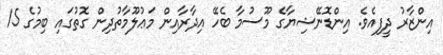
އިންޒާރު ދީފިއެވެ. އިންޑޮނޭޝިޔާގެ މޫސުމާ ބެހޭ އިދާރާއިން މަޢުލޫމާތުދިން ގޮތުގައި ބިމުގެ 15